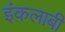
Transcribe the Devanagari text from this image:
इंक़लाबी